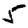
Digit: 5